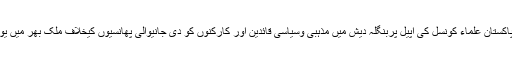
لاہور(جی پی آئی)پاکستان علماء کونسل کی اپیل پربنگلہ دیش میں مذہبی وسیاسی قائدین اور کارکنوں کو دی جانیوالی پھانسیوں کیخلاف ملک بھر میں یوم احتجاج منایا گیا۔